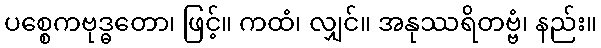
ပစ္စေကဗုဒ္ဓတော၊ ဖြင့်။ ကထံ၊ လျှင်။ အနုဿရိတဗ္ဗံ၊ နည်း။